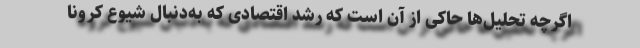
اگرچه تحلیل‌ها حاکی از آن است که رشد اقتصادی که به‌دنبال شیوع کرونا